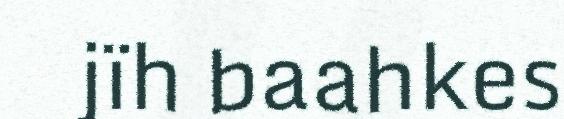
jïh baahkes